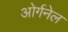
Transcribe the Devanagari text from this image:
ओर्गनेल